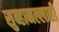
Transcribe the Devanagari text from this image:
सुब्हानल्लाही